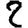
Digit: 2